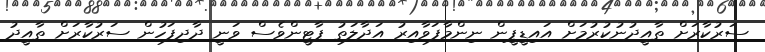
ސަރުކާރަށް ތާއީދުނުކުރުމަށް އައިޑީޕީން ނިންމާފަވާއިރު އަދާލަތު ޕާޓީންވެސް ވަނީ ދާދިފަހުން ސަރުކާރަށް ތާއީދު